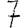
Digit: 7